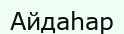
Айдаһар